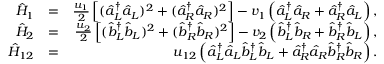
\begin{array} { r l r } { \hat { H } _ { 1 } } & { = } & { \frac { u _ { 1 } } { 2 } \left[ ( \hat { a } _ { L } ^ { \dagger } \hat { a } _ { L } ) ^ { 2 } + ( \hat { a } _ { R } ^ { \dagger } \hat { a } _ { R } ) ^ { 2 } \right] - v _ { 1 } \left( \hat { a } _ { L } ^ { \dagger } \hat { a } _ { R } + \hat { a } _ { R } ^ { \dagger } \hat { a } _ { L } \right) , } \\ { \hat { H } _ { 2 } } & { = } & { \frac { u _ { 2 } } { 2 } \left[ ( \hat { b } _ { L } ^ { \dagger } \hat { b } _ { L } ) ^ { 2 } + ( \hat { b } _ { R } ^ { \dagger } \hat { b } _ { R } ) ^ { 2 } \right] - v _ { 2 } \left( \hat { b } _ { L } ^ { \dagger } \hat { b } _ { R } + \hat { b } _ { R } ^ { \dagger } \hat { b } _ { L } \right) , } \\ { \hat { H } _ { 1 2 } } & { = } & { u _ { 1 2 } \left( \hat { a } _ { L } ^ { \dagger } \hat { a } _ { L } \hat { b } _ { L } ^ { \dagger } \hat { b } _ { L } + \hat { a } _ { R } ^ { \dagger } \hat { a } _ { R } \hat { b } _ { R } ^ { \dagger } \hat { b } _ { R } \right) . } \end{array}